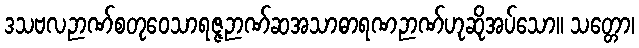
ဒသဗလဉာဏ်စတုဝေသာရဇ္ဇဉာဏ်ဆအသာဓာရဏဉာဏ်ဟုဆိုအပ်သော။ သတ္တော၊